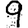
Digit: 9